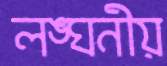
লঙ্ঘনীয়